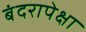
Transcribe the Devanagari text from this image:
बंदरापेक्षा